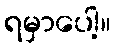
ရမှာပေါ့။